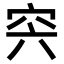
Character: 𥥀